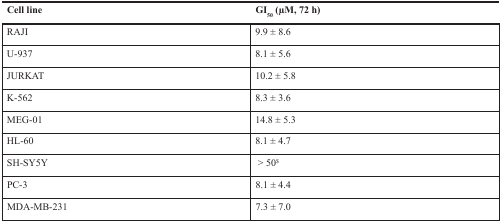
<table><thead><tr><td><b>Cell line</b></td><td><b>GI<sub>50</sub> (μM, 72 h)</b></td></tr></thead><tbody><tr><td>RAJI</td><td>9.9 ± 8.6</td></tr><tr><td>U-937</td><td>8.1 ± 5.6</td></tr><tr><td>JURKAT</td><td>10.2 ± 5.8</td></tr><tr><td>K-562</td><td>8.3 ± 3.6</td></tr><tr><td>MEG-01</td><td>14.8 ± 5.3</td></tr><tr><td>HL-60</td><td>8.1 ± 4.7</td></tr><tr><td>SH-SY5Y</td><td>&gt; 50<sup>$</sup></td></tr><tr><td>PC-3</td><td>8.1 ± 4.4</td></tr><tr><td>MDA-MB-231</td><td>7.3 ± 7.0</td></tr></tbody></table>